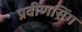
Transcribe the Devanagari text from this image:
प्रवीणसिंग